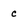
Character: c